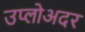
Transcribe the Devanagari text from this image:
उप्लोअदर